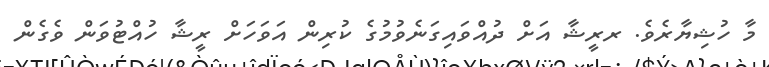
މާ ހުޝިޔާރެވެ. ރރީޝާ އަށް ދުއްވައިގަނެވުމުގެ ކުރިން އަަވަހަށް ރީޝާ ހުއްޓުވަން ވެގެން